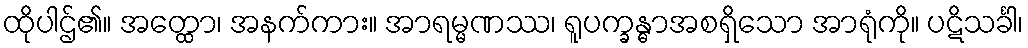
ထိုပါဌ်၏။ အတ္ထော၊ အနက်ကား။ အာရမ္မဏဿ၊ ရူပက္ခန္ဓာအစရှိသော အာရုံကို။ ပဋိသင်္ခါ၊